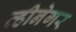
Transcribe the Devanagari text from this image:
व्हीनेगर